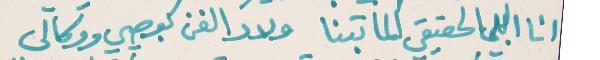
انا البي الحقيقي الما تبنا   ولاد الفن بوصيي ووكالي